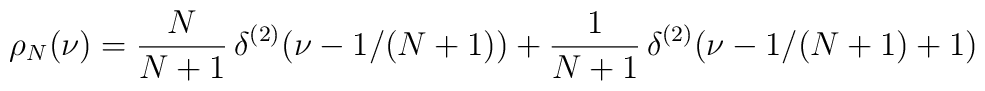
\rho_{N}(\nu) = {N\over N+1}\, \delta^{(2)} \bigl(\nu - 1/(N+1)\bigr) + {1\over N+1}\,\delta^{(2)}\bigl(\nu - 1/(N+1) +1\bigr)